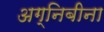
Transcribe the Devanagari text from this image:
अग्निबीना